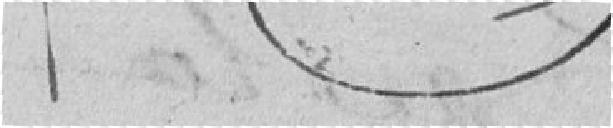
7e